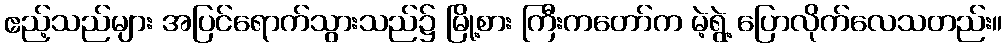
ဧည့်သည်များ အပြင်ရောက်သွားသည်၌ မြို့စား ကြီးကတော်က မဲ့ရွဲ့ ပြောလိုက်လေသတည်း။